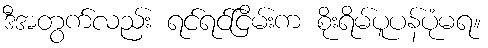
ဒီအတွက်လည်း ရင်ရင်ငြိမ်းက စိုးရိမ်ပူပန်ပုံမရ။